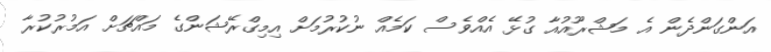
އަންގަންދެން އެ މަޝްރޫއުއާ ގުޅޭ އެއްވެސް ކަމެއް ނުކުރުމަށް އިމިގްރޭޝަންގެ މައްޗަށް އަމުރުކުރާ